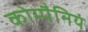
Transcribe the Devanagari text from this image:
कोम्पैनियं